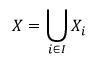
X = \bigcup _ { i \in I } X _ { i }